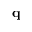
\mathbf { q }